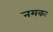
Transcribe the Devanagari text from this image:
नमकः